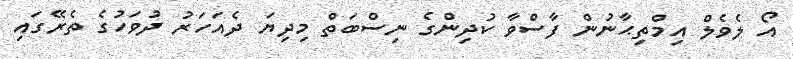
އޯ ލެވެލް އިމްތިޙާނުން ފާސްވާ ކުދިންގެ ނިސްބަތް މިދިޔަ ދެއަހަރު ދުވަހުގެ ތެރޭގައި